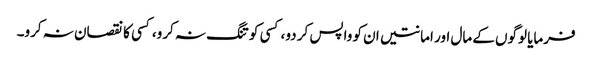
فرمایا لوگوں کے مال اور امانتیں ان کو واپس کر دو، کسی کو تنگ نہ کرو،کسی کا نقصان نہ کرو۔